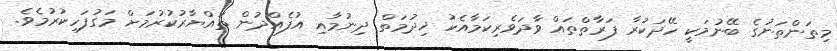
މިތަންތަނުގެ ބޭނުމަކީ ހޭދަކުރާ ފަރާތްތައް ވާދަވެރިކަމާއެކު ޚިދުމަތް ދިނުމާއި އުފެއްދުން ތައްޔާރުކުރުމަށް މަގުފަހިކުރުމެވެ.